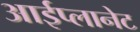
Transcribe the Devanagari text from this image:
आईप्लानेट